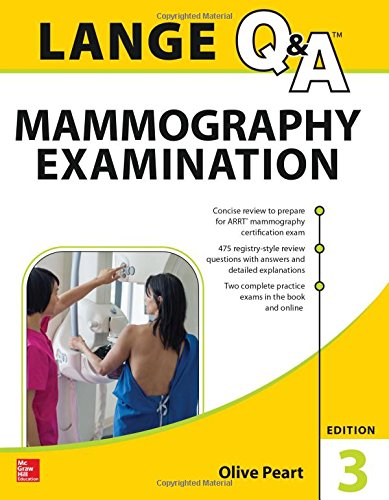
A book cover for LANGE Q&A: Mammography Examination, 3rd Edition; Olive Peart; Medical Books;